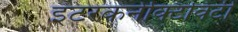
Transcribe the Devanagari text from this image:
इंटरकनेक्टिविटी